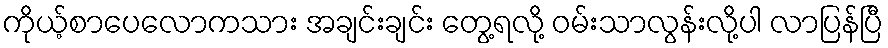
ကိုယ့်စာပေလောကသား အချင်းချင်း တွေ့ရလို့ ဝမ်းသာလွန်းလို့ပါ လာပြန်ပြီ